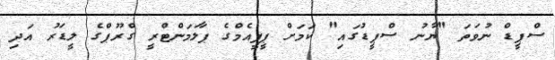
ސްޕީޑް ނުވަތަ "ޔާނު ސްޕީޑުގައި" ކަމަށް ޕީޕީއެމްގެ ޕާލަމަންޓްރީ ގްރޫޕްގެ ލީޑަރު އަދި